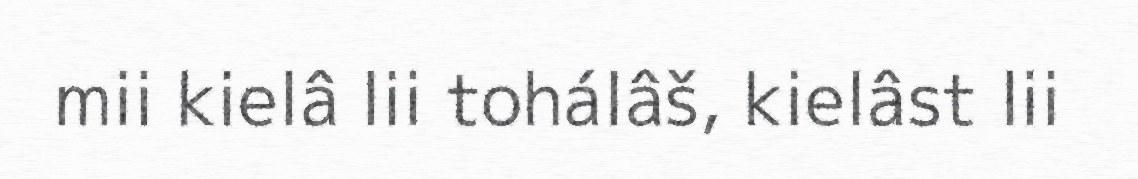
mii kielâ lii tohálâš, kielâst lii